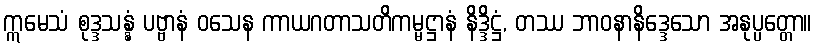
ဣမေသံ စုဒ္ဒသန္နံ ပဗ္ဗာနံ ဝသေန ကာယဂတာသတိကမ္မဋ္ဌာနံ နိဒ္ဒိဋ္ဌံ, တဿ ဘာဝနာနိဒ္ဒေသော အနုပ္ပတ္တော။